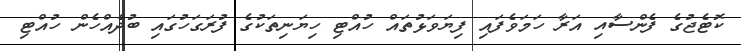
ކޮޓެޖުގެ ފެންސާއި އަރާ ހަމަވެފައި ފިޔަވަޅުތައް ހުއްޓި ހިޔަނިތަކުގެ ފުރަގަހުގައި ބުދެއްހެން ހުއްޓި